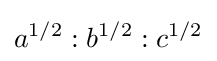
a^{1/2}:b^{1/2}:c^{1/2}